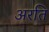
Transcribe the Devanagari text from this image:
अरति